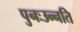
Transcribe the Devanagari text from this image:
पुनःउन्नति